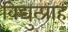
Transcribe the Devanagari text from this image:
विद्युत्प्राह